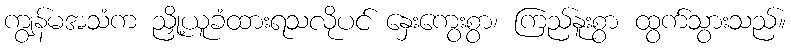
ကျွန်မအသံက ညှို့ယူခံထားရသလိုပင် နှေးကွေးစွာ၊ ကြည်နူးစွာ ထွက်သွားသည်။